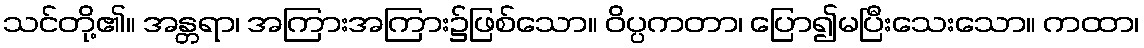
သင်တို့၏။ အန္တရာ၊ အကြားအကြား၌ဖြစ်သော။ ဝိပ္ပကတာ၊ ပြော၍မပြီးသေးသော။ ကထာ၊